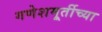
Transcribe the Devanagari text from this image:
गणेशमूर्तीच्या